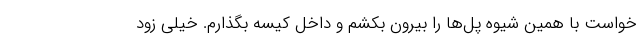
خواست با همین شیوه پل‌ها را بیرون بکشم و داخل کیسه بگذارم. خیلی زود